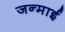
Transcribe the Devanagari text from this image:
जन्माई